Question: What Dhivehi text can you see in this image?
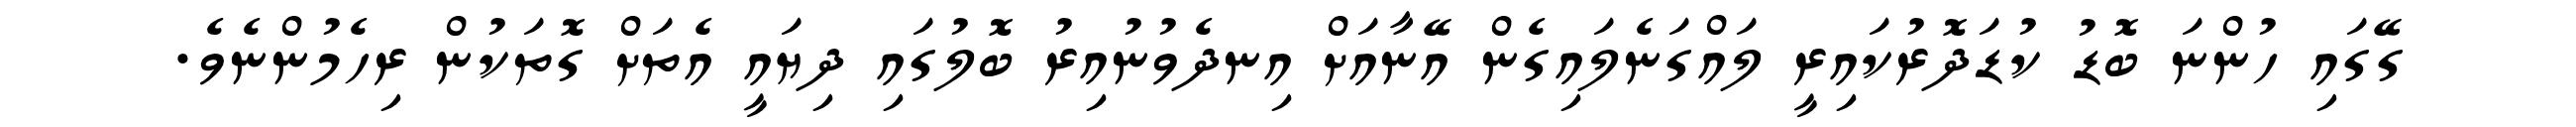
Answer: ގޭގައި ހުންނަ ބޮޑު ކުޑަދޮރުކައިރީ ލައްގަނެލައިގެން އޭނާއަށް އިނދެވުނުއިރު ބޮލުގައި ދިޔައީ އެތަށް ގޮތަކުން ރިހެމުންނެވެ.